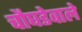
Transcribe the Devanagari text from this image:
चौघडेवाले